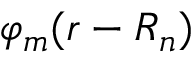
\varphi _ { m } ( { \boldsymbol { r - R _ { n } } } )